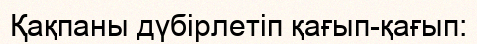
Қақпаны дүбірлетіп қағып-қағып: